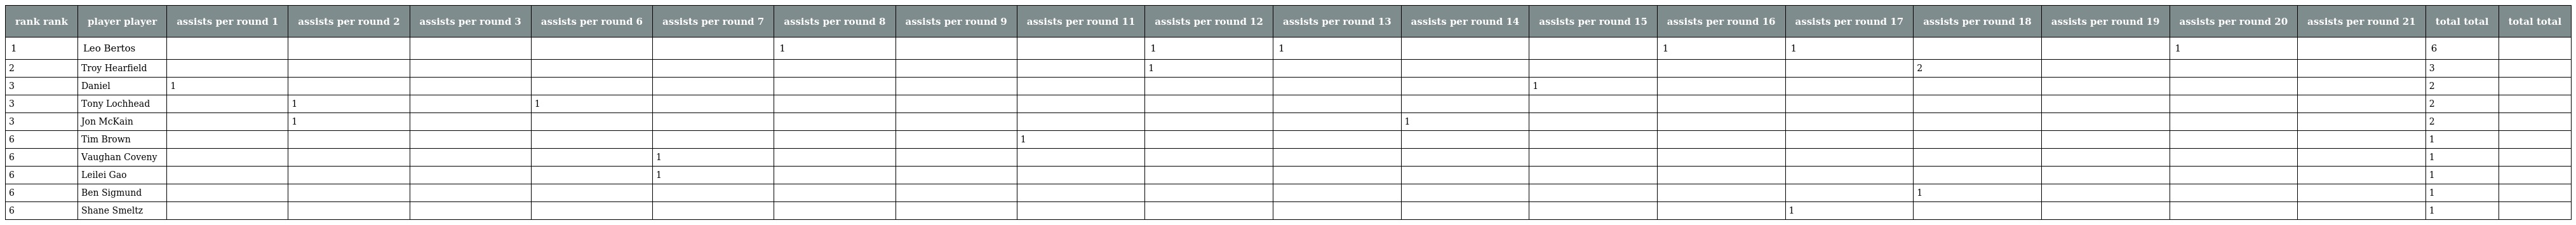
| rank rank | player player | assists per round 1 | assists per round 2 | assists per round 3 | assists per round 6 | assists per round 7 | assists per round 8 | assists per round 9 | assists per round 11 | assists per round 12 | assists per round 13 | assists per round 14 | assists per round 15 | assists per round 16 | assists per round 17 | assists per round 18 | assists per round 19 | assists per round 20 | assists per round 21 | total total | total total |
 | --- | --- | --- | --- | --- | --- | --- | --- | --- | --- | --- | --- | --- | --- | --- | --- | --- | --- | --- | --- | --- | --- |
 | 1 | Leo Bertos |  |  |  |  |  | 1 |  |  | 1 | 1 |  |  | 1 | 1 |  |  | 1 |  | 6 |  |
 | 2 | Troy Hearfield |  |  |  |  |  |  |  |  | 1 |  |  |  |  |  | 2 |  |  |  | 3 |  |
 | 3 | Daniel | 1 |  |  |  |  |  |  |  |  |  |  | 1 |  |  |  |  |  |  | 2 |  |
 | 3 | Tony Lochhead |  | 1 |  | 1 |  |  |  |  |  |  |  |  |  |  |  |  |  |  | 2 |  |
 | 3 | Jon McKain |  | 1 |  |  |  |  |  |  |  |  | 1 |  |  |  |  |  |  |  | 2 |  |
 | 6 | Tim Brown |  |  |  |  |  |  |  | 1 |  |  |  |  |  |  |  |  |  |  | 1 |  |
 | 6 | Vaughan Coveny |  |  |  |  | 1 |  |  |  |  |  |  |  |  |  |  |  |  |  | 1 |  |
 | 6 | Leilei Gao |  |  |  |  | 1 |  |  |  |  |  |  |  |  |  |  |  |  |  | 1 |  |
 | 6 | Ben Sigmund |  |  |  |  |  |  |  |  |  |  |  |  |  |  | 1 |  |  |  | 1 |  |
 | 6 | Shane Smeltz |  |  |  |  |  |  |  |  |  |  |  |  |  | 1 |  |  |  |  | 1 |  |